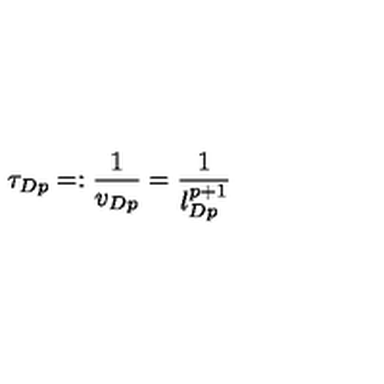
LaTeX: \tau _ { D p } = : \frac { 1 } { v _ { D p } } = \frac { 1 } { l _ { D p } ^ { p + 1 } }